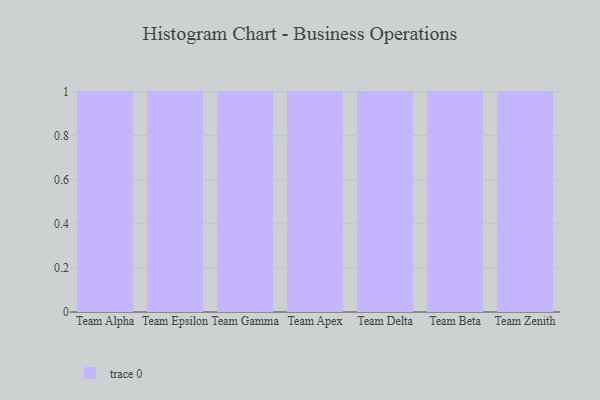
{"axis": {"x": "Team", "y": "Inventory Turnover"}, "legend": [""], "data": [{"x": "Team Alpha", "y": 60, "type": ""}, {"x": "Team Epsilon", "y": 59, "type": ""}, {"x": "Team Gamma", "y": 46, "type": ""}, {"x": "Team Apex", "y": 84, "type": ""}, {"x": "Team Delta", "y": 9, "type": ""}, {"x": "Team Beta", "y": 62, "type": ""}, {"x": "Team Zenith", "y": 13, "type": ""}]}